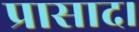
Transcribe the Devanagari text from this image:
प्रासाद।